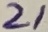
Text: 21